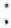
: